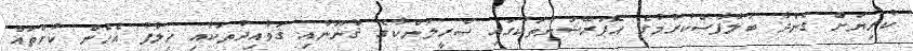
ކުރިޔަށް ގެންދާ ބަލާފާސްކުރުމުގެ އޮޕަރޭޝަންތަކުގައި ސްރީލަންކާގެ ޤާނޫނާއި ޤަވާއިދުތަކާއި ޚިލާފު އެހެން ކުށްތައް